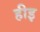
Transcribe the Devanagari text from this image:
हीइ